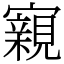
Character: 寴